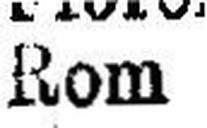
Rom